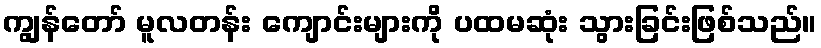
ကျွန်တော် မူလတန်း ကျောင်းများကို ပထမဆုံး သွားခြင်းဖြစ်သည်။